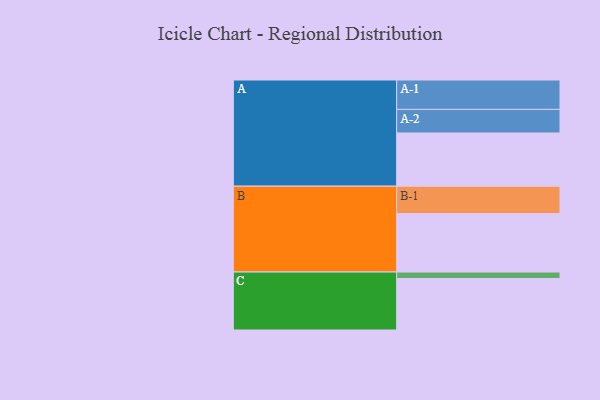
{"axis": {"x": "Segment", "y": "Value"}, "legend": ["", "A", "B", "C"], "data": [{"x": "A", "y": 534, "type": ""}, {"x": "B", "y": 586, "type": ""}, {"x": "C", "y": 517, "type": ""}, {"x": "A-1", "y": 295, "type": "A"}, {"x": "A-2", "y": 237, "type": "A"}, {"x": "B-1", "y": 276, "type": "B"}, {"x": "C-1", "y": 65, "type": "C"}]}